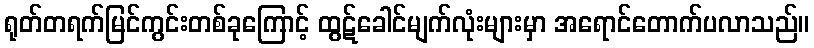
ရုတ်တရက်မြင်ကွင်းတစ်ခုကြောင့် ထွဋ်ခေါင်မျက်လုံးများမှာ အရောင်တောက်ပလာသည်။